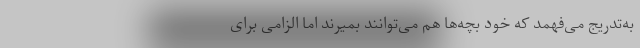
به‌تدریج می‌فهمد که خود بچه‌ها هم می‌توانند بمیرند اما الزامی برای